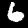
Label: 6